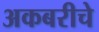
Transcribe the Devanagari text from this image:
अकबरीचे